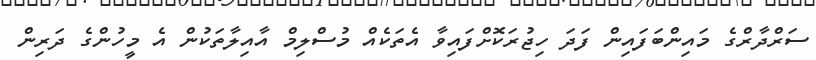
ސަރްދާރްގެ މައިންބަފައިން ފަދަ ހިޖުރަކޮށްފައިވާ އެތަކެއް މުސްލިމް އާއިލާތަކުން އެ މީހުންގެ ދަރިން